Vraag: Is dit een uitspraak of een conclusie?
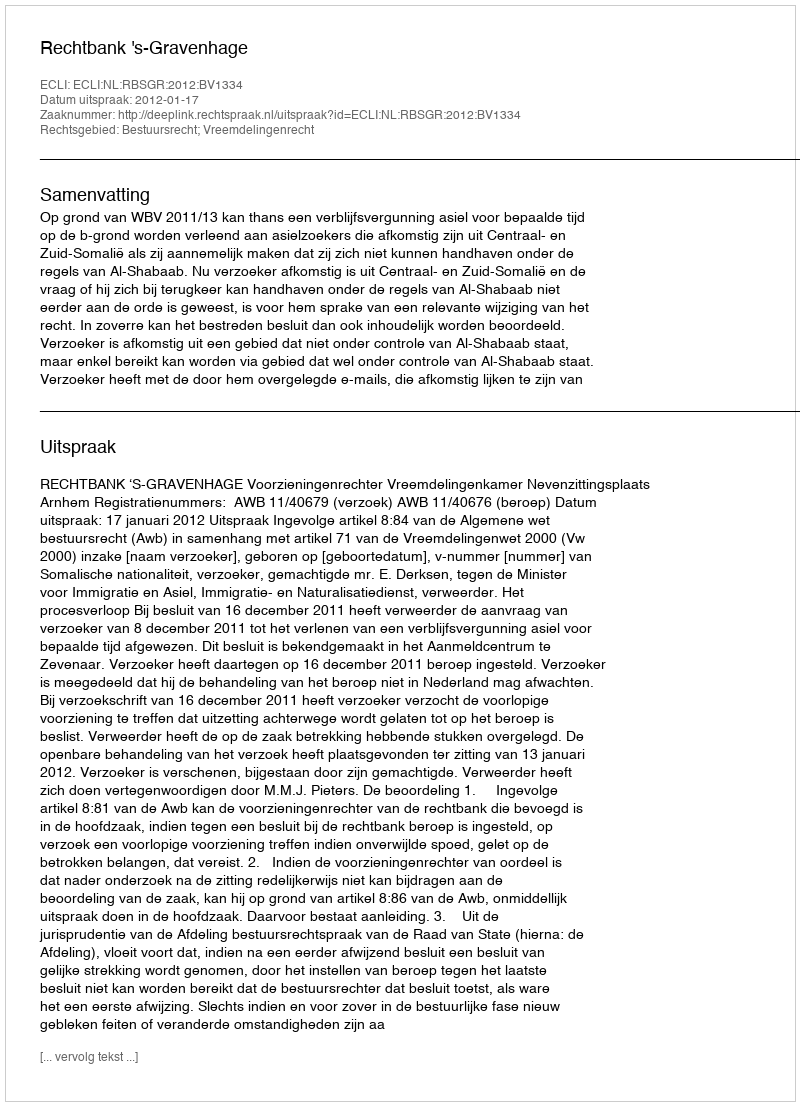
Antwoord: Uitspraak